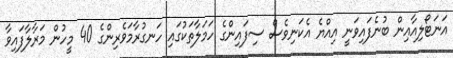
އަނަޓޯލިއާއިން ބުނެފައިވަނީ އިއްޔެ އެކަނިވެސް ސިފައިންގެ ހަމަލާތަކުގައި ހަނގުރާމަވެރިންގެ 40 މީހުން މަރާލާފައިވާ